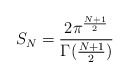
\begin{align*} S_N=\frac{2 \pi^{\frac{N+1}{2}}}{\Gamma(\frac{N+1}{2})}\end{align*}